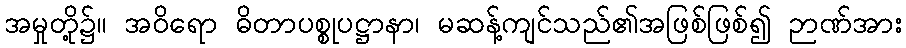
အမှုတို့၌။ အဝိရော ဓိတာပစ္စုပဋ္ဌာနာ၊ မဆန့်ကျင်သည်၏အဖြစ်ဖြစ်၍ ဉာဏ်အား